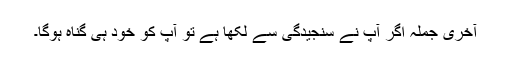
آخری جملہ اگر آپ نے سنجیدگی سے لکھا ہے تو آپ کو خود ہی گناہ ہوگا۔